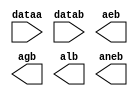
// megafunction wizard: %LPM_COMPARE%VBB%
// GENERATION: STANDARD
// VERSION: WM1.0
// MODULE: LPM_COMPARE 

// ============================================================
// Megafunction Name(s):
// 			LPM_COMPARE
//
// Simulation Library Files(s):
// 			lpm
// ============================================================
// ************************************************************
// THIS IS A WIZARD-GENERATED FILE. DO NOT EDIT THIS FILE!
//
// 13.0.1 Build 232 06/12/2013 SP 1 SJ Web Edition
// ************************************************************

//Copyright (C) 1991-2013 Altera Corporation
//Your use of Altera Corporation's design tools, logic functions 
//and other software and tools, and its AMPP partner logic 
//functions, and any output files from any of the foregoing 
//(including device programming or simulation files), and any 
//associated documentation or information are expressly subject 
//to the terms and conditions of the Altera Program License 
//Subscription Agreement, Altera MegaCore Function License 
//Agreement, or other applicable license agreement, including, 
//without limitation, that your use is for the sole purpose of 
//programming logic devices manufactured by Altera and sold by 
//Altera or its authorized distributors.  Please refer to the 
//applicable agreement for further details.

module COMP (
	dataa,
	datab,
	aeb,
	agb,
	alb,
	aneb);

	input	[7:0]  dataa;
	input	[7:0]  datab;
	output	  aeb;
	output	  agb;
	output	  alb;
	output	  aneb;

endmodule

// ============================================================
// CNX file retrieval info
// ============================================================
// Retrieval info: PRIVATE: AeqB NUMERIC "1"
// Retrieval info: PRIVATE: AgeB NUMERIC "0"
// Retrieval info: PRIVATE: AgtB NUMERIC "1"
// Retrieval info: PRIVATE: AleB NUMERIC "0"
// Retrieval info: PRIVATE: AltB NUMERIC "1"
// Retrieval info: PRIVATE: AneB NUMERIC "1"
// Retrieval info: PRIVATE: INTENDED_DEVICE_FAMILY STRING "Cyclone II"
// Retrieval info: PRIVATE: LPM_PIPELINE NUMERIC "0"
// Retrieval info: PRIVATE: Latency NUMERIC "0"
// Retrieval info: PRIVATE: PortBValue NUMERIC "0"
// Retrieval info: PRIVATE: Radix NUMERIC "10"
// Retrieval info: PRIVATE: SYNTH_WRAPPER_GEN_POSTFIX STRING "0"
// Retrieval info: PRIVATE: SignedCompare NUMERIC "0"
// Retrieval info: PRIVATE: aclr NUMERIC "0"
// Retrieval info: PRIVATE: clken NUMERIC "0"
// Retrieval info: PRIVATE: isPortBConstant NUMERIC "0"
// Retrieval info: PRIVATE: nBit NUMERIC "8"
// Retrieval info: PRIVATE: new_diagram STRING "1"
// Retrieval info: LIBRARY: lpm lpm.lpm_components.all
// Retrieval info: CONSTANT: LPM_REPRESENTATION STRING "UNSIGNED"
// Retrieval info: CONSTANT: LPM_TYPE STRING "LPM_COMPARE"
// Retrieval info: CONSTANT: LPM_WIDTH NUMERIC "8"
// Retrieval info: USED_PORT: aeb 0 0 0 0 OUTPUT NODEFVAL "aeb"
// Retrieval info: USED_PORT: agb 0 0 0 0 OUTPUT NODEFVAL "agb"
// Retrieval info: USED_PORT: alb 0 0 0 0 OUTPUT NODEFVAL "alb"
// Retrieval info: USED_PORT: aneb 0 0 0 0 OUTPUT NODEFVAL "aneb"
// Retrieval info: USED_PORT: dataa 0 0 8 0 INPUT NODEFVAL "dataa[7..0]"
// Retrieval info: USED_PORT: datab 0 0 8 0 INPUT NODEFVAL "datab[7..0]"
// Retrieval info: CONNECT: @dataa 0 0 8 0 dataa 0 0 8 0
// Retrieval info: CONNECT: @datab 0 0 8 0 datab 0 0 8 0
// Retrieval info: CONNECT: aeb 0 0 0 0 @aeb 0 0 0 0
// Retrieval info: CONNECT: agb 0 0 0 0 @agb 0 0 0 0
// Retrieval info: CONNECT: alb 0 0 0 0 @alb 0 0 0 0
// Retrieval info: CONNECT: aneb 0 0 0 0 @aneb 0 0 0 0
// Retrieval info: GEN_FILE: TYPE_NORMAL COMP.v TRUE
// Retrieval info: GEN_FILE: TYPE_NORMAL COMP.inc FALSE
// Retrieval info: GEN_FILE: TYPE_NORMAL COMP.cmp FALSE
// Retrieval info: GEN_FILE: TYPE_NORMAL COMP.bsf TRUE
// Retrieval info: GEN_FILE: TYPE_NORMAL COMP_inst.v TRUE
// Retrieval info: GEN_FILE: TYPE_NORMAL COMP_bb.v TRUE
// Retrieval info: LIB_FILE: lpm